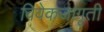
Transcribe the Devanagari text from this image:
विवेकजागृती